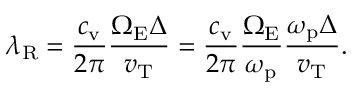
\lambda _ { \mathrm { R } } = \frac { c _ { \mathrm { v } } } { 2 \pi } \frac { \Omega _ { \mathrm { E } } \Delta } { v _ { \mathrm { T } } } = \frac { c _ { \mathrm { v } } } { 2 \pi } \frac { \Omega _ { \mathrm { E } } } { \omega _ { \mathrm { p } } } \frac { \omega _ { \mathrm { p } } \Delta } { v _ { \mathrm { T } } } .